Civil Veterinary Dept. Bombay admin report 1907-1913 - 1907-1913
Year: 1907
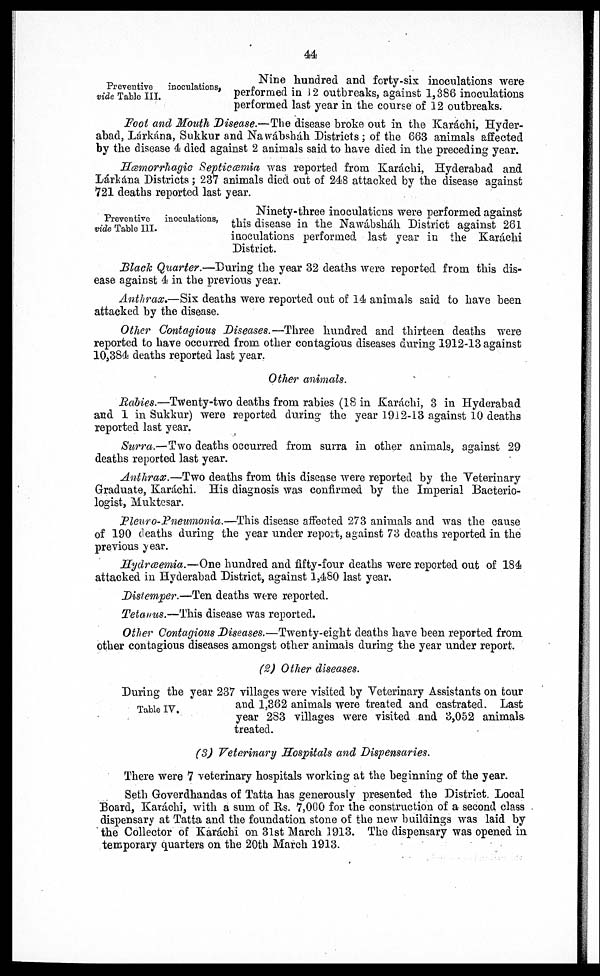
44
Preventive
inoculations,
vide Table III.
Nine hundred and forty-six inoculations were
performed in 12 outbreaks, against 1,386 inoculations
performed last year in the course of 12 outbreaks.
Foot and Mouth Disease.—The disease broke out in the Karáchi, Hyder-
abad, Lárkána, Sukkur and Nawábsháh Districts ; of the 683 animals affected
by the disease 4 died against 2 animals said to have died in the preceding year.
Hæmorrhagic Septicæmia was reported from Karáchi, Hyderabad and
Lárkána Districts ; 237 animals died out of 248 attacked by the disease against
721 deaths reported last year.
Preventive inoculations,
vide Table III.
Ninety-three inoculations were performed against
this disease in the Nawábsháh District against 261
inoculations performed last year in the Karáchi
District.
Black Quarter.—During the year 32 deaths were reported from this dis-
ease against 4 in the previous year.
Anthrax.—Six deaths were reported out of 14 animals said to have been
attacked by the disease.
Other Contagious Diseases.—Three hundred and thirteen deaths were
reported to have occurred from other contagious diseases during 1912-13 against
10,384 deaths reported last year.
Other animals.
Rabies.—Twenty-two deaths from rabies (18 in Karáchi, 3 in Hyderabad
and 1 in Sukkur) were reported during the year 1912-13 against 10 deaths
reported last year.
Surra.—Two deaths occurred from surra in other animals, against 29
deaths reported last year.
Anthrax.—Two deaths from this disease were reported by the Veterinary
Graduate, Karáchi. His diagnosis was confirmed by the Imperial Bacterio-
logist, Muktesar.
Pleuro-Pneumonia.—This disease affected 273 animals and was the cause
of 190 deaths during the year under report, against 73 deaths reported in the
previous year.
Hydræmia.—One hundred and fifty-four deaths were reported out of 184
attacked in Hyderabad District, against 1,480 last year.
Distemper.—Ten deaths were reported.
Tetanus.—This disease was reported.
Other Contagious Diseases.—Twenty-eight deaths have been reported from
other contagious diseases amongst other animals during the year under report.
(2) Other diseases.
Table IV.
During the year 237 villages were visited by Veterinary Assistants on tour
and 1,362 animals were treated and castrated. Last
year 283 villages were visited and 3,052 animals
treated.
(3) Veterinary Hospitals and Dispensaries.
There were 7 veterinary hospitals working at the beginning of the year.
Seth Goverdhandas of Tatta has generously presented the District. Local
Board, Karáchi, with a sum of Rs. 7,000 for the construction of a second class
dispensary at Tatta and the foundation stone of the new buildings was laid by
the Collector of Karachi on 31st March 1913. The dispensary was opened in
temporary quarters on the 20tb March 1913.